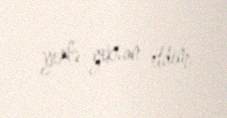
yerlə-yeksan etdim.